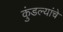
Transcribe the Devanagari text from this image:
कुंडल्यांचे